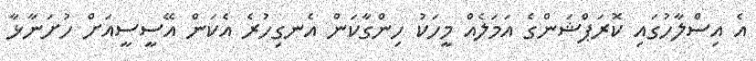
އެ އިސްލާހުގައި ކޮރަޕްޝަންގެ އަމަލެއް މީހަކު ހިންގާކަން އެނގިހުރެ އެކަން އޭސީސީއަށް ހުށަނާޅާ